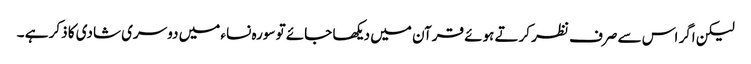
لیکن اگر اس سے صرف نظر کرتے ہوئے قرآن میں دیکھا جائے تو سورہ نساء میں دوسری شادی کا ذکر ہے ۔